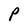
Character: P